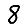
Digit: 8